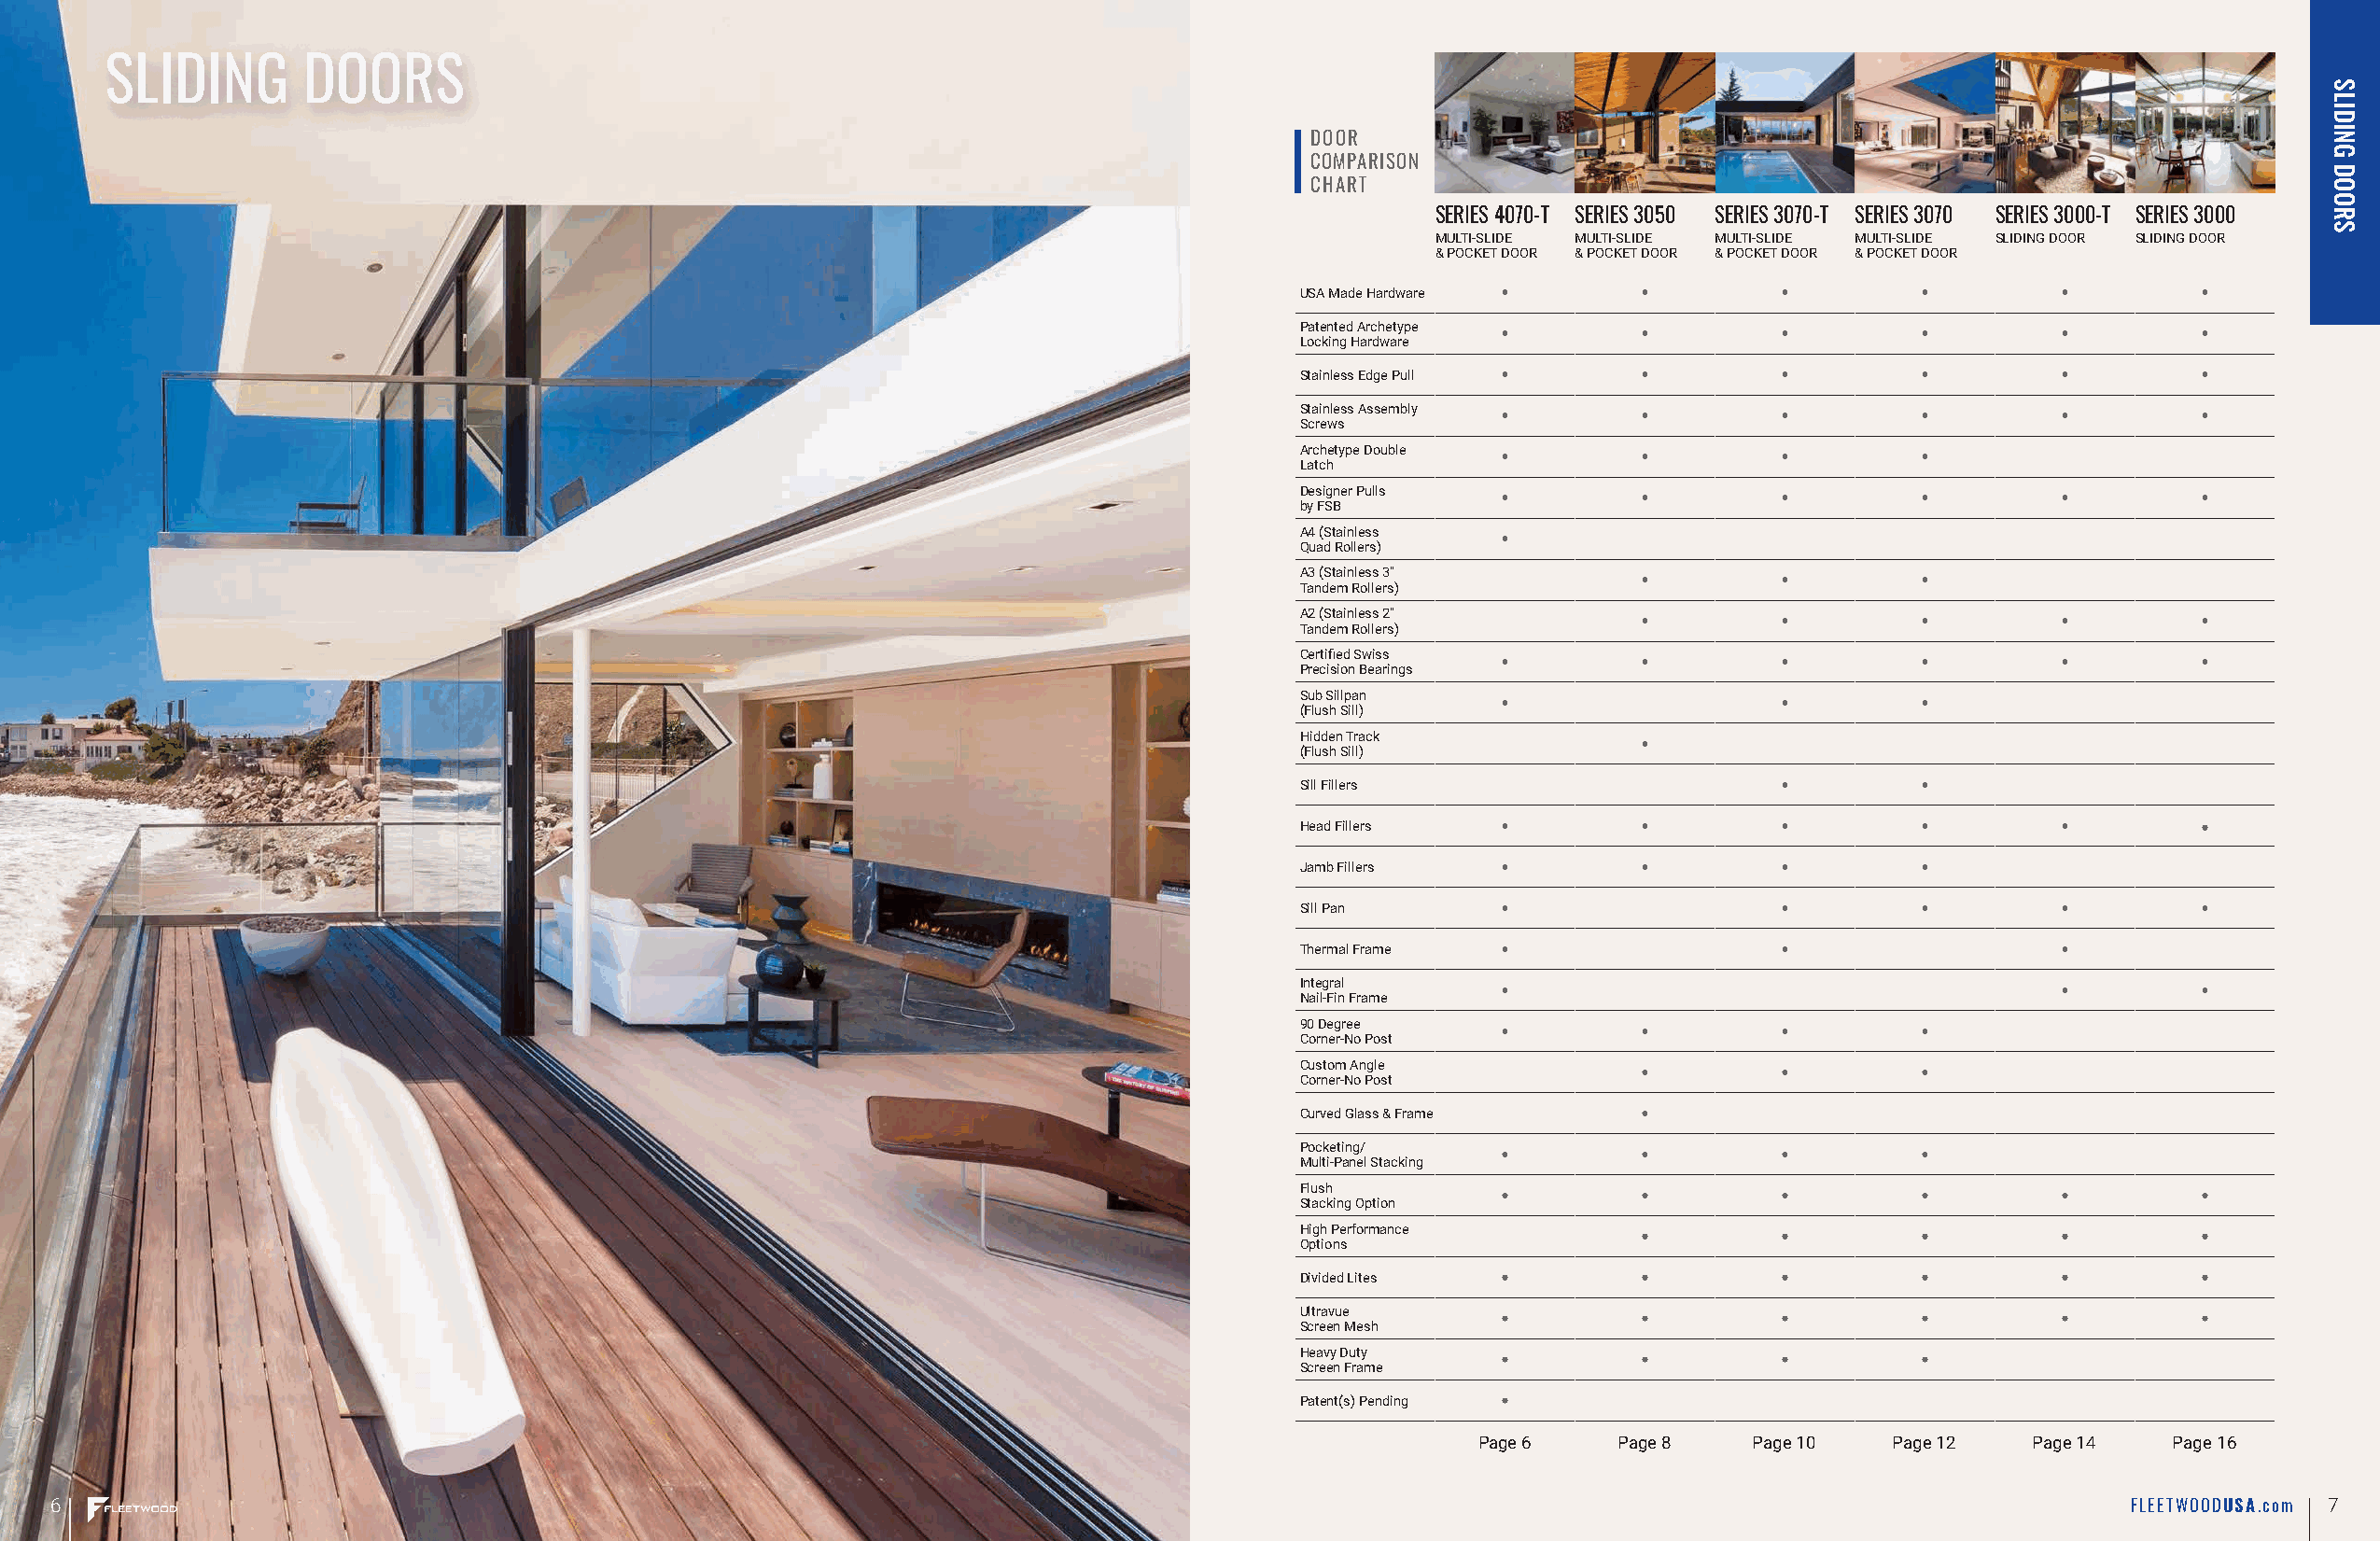
SLIDING       DOORS
 DOOR
 COMPARISON
 CHART
 SERIES 4070-T SERIES 3050 SERIES 3070-T SERIES 3070 SERIES 3000-T SERIES 3000
 MULTI-SLIDE MULTI-SLIDE MULTI-SLIDE MULTI-SLIDE SLIDING DOOR SLIDING DOOR
 & POCKET DOOR & POCKET DOOR & POCKET DOOR & POCKET DOOR
 USA Made Hardware
 Patented Archetype
 Locking Hardware
 Stainless Edge Pull
 Stainless Assembly
 Screws
 Archetype Double
 Latch
 Designer Pulls
 by FSB
 A4 (Stainless
 Quad Rollers)
 A3 (Stainless 3"
 Tandem Rollers)
 A2 (Stainless 2"
 Tandem Rollers)
 Certified Swiss
 Precision Bearings
 Sub Sillpan
 (Flush Sill)
 Hidden Track
 (Flush Sill)
 Sill Fillers
 Head Fillers
 Jamb Fillers
 Sill Pan
 Thermal Frame
 Integral
 Nail-Fin Frame
 90 Degree
 Corner-No Post
 Custom Angle
 Corner-No Post
 Curved Glass & Frame
 Pocketing/
 Multi-Panel Stacking
 Flush
 Stacking Option
 High Performance
 Options
 Divided Lites
 Ultravue
 Screen Mesh
 Heavy Duty
 Screen Frame
 Patent(s) Pending
 Page 6    Page 8   Page 10   Page 12   Page 14   Page 16
 6                                                                                                                                                  FLEETWOODUSA. com 7
 SLIDING
 DOORS